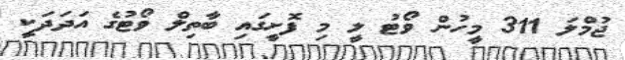
ޖުމްލަ 311 މީހުން ވޯޓު ލީ މި ފޮށީގައި ބާތިލް ވޯޓުގެ އަދަދަކީ